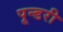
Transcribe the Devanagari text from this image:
पून्डरी